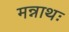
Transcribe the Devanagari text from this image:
मन्नाथः